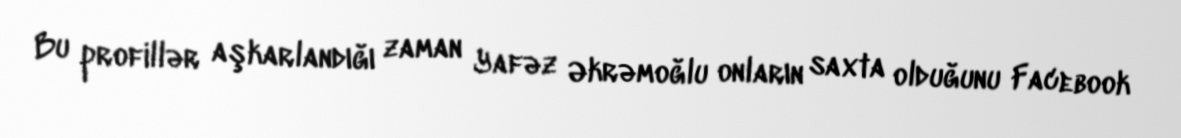
Bu profillər aşkarlandığı zaman Yafəz Əkrəmoğlu onların saxta olduğunu Facebook